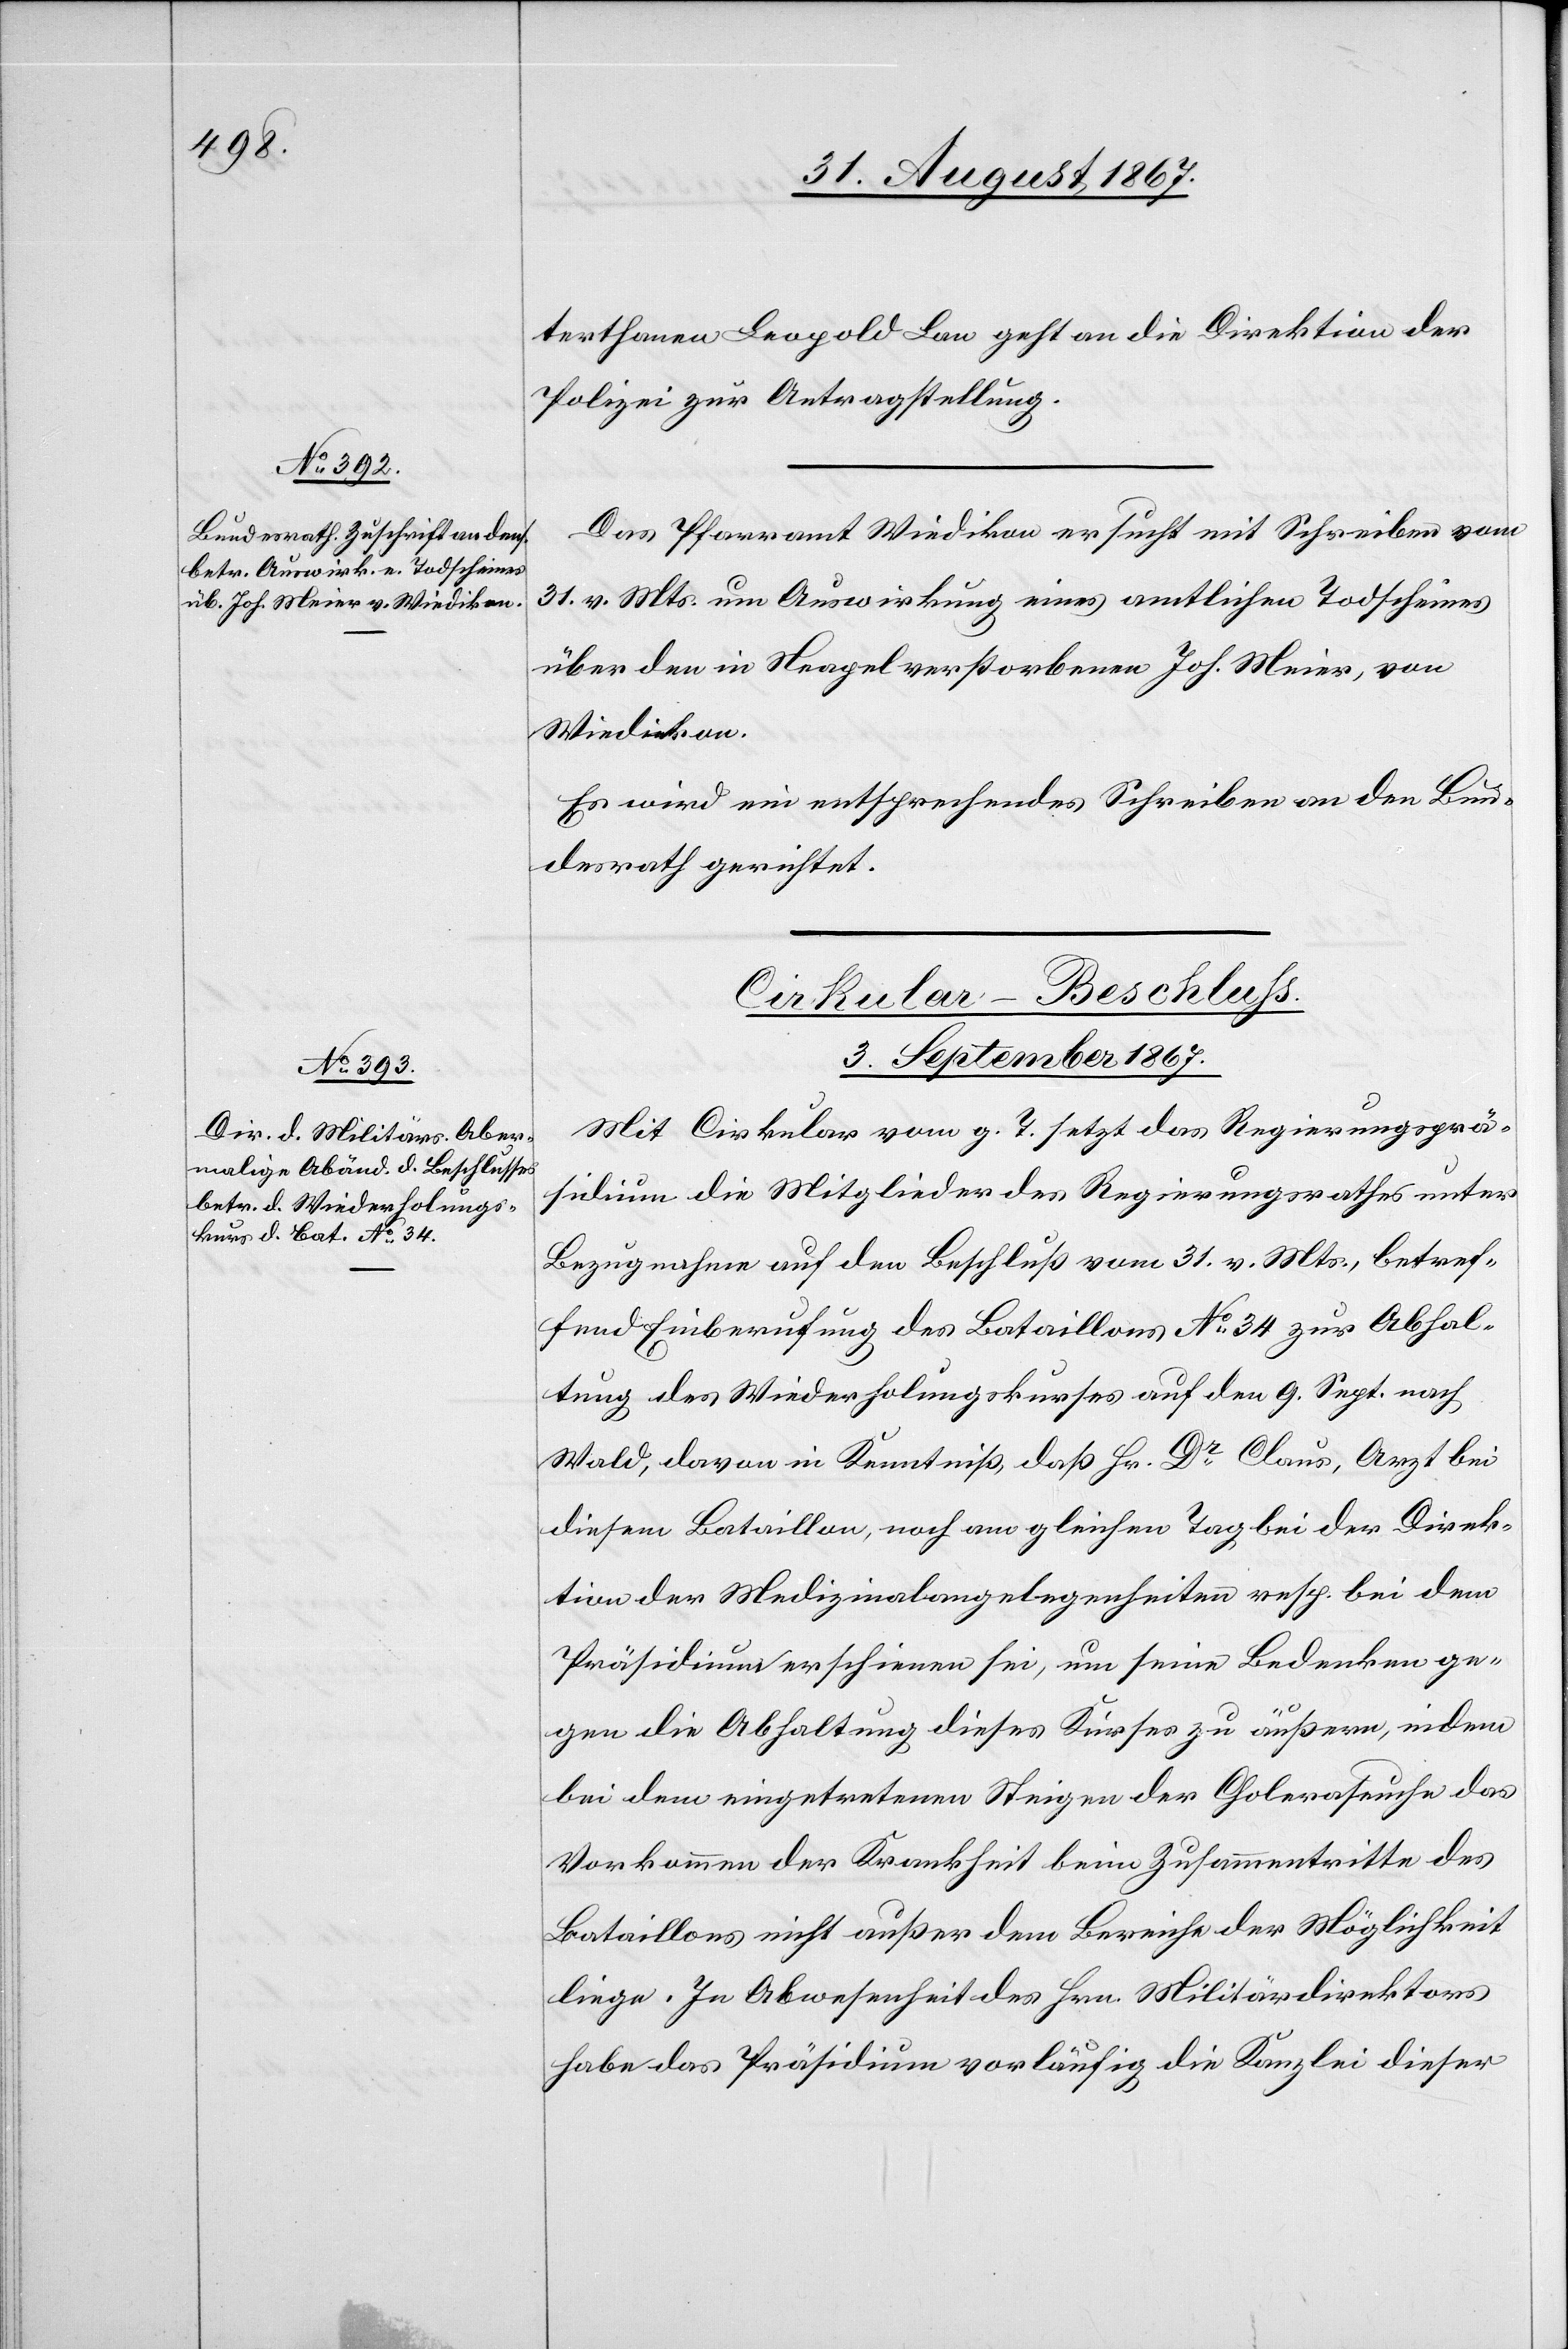
terthanen Leopold Lan geht an die Direktion der
Polizei zur Antragstellung.
Das Pfarramt Wiedikon ersucht mit Schreiben vom
31. v. Mts. um Auswirkung eines amtlichen Todscheines
über den in Neapel verstorbenen Joh. Meier, von
Wiedikon.
Es wird ein entsprechendes Schreiben an den Bun¬
desrath gerichtet.
Cirkular-Beschluß.
3. September 1867.
Mit Cirkular vom g. T. setzt das Regierungsprä¬
sidium die Mitglieder des Regierungsrathes unter
Bezugnahme auf den Beschluß vom 31. v. Mts., betref¬
fend Einberufung des Bataillons No. 34 zur Abhal¬
tung des Wiederholungskurses auf den 9. Sept. nach
Wald, davon in Kenntniß, daß Hr. Dr. Claus, Arzt bei
diesem Bataillon, noch am gleichen Tag bei der Direk¬
tion der Medizinalangelegenheiten resp. bei dem
Präsidium erschienen sei, um seine Bedenken ge¬
gen die Abhaltung dieses Kurses zu äußern, indem
bei dem eingetretenen Steigen der Choleraseuche das
Vorkommen der Krankheit beim Zusammentritte des
Bataillons nicht außer dem Bereiche der Möglichkeit
liege. In Abwesenheit des Hrn. Militärdirektors
habe das Präsidium vorläufig die Kanzlei dieser